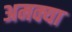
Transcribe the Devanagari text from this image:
अमक्या